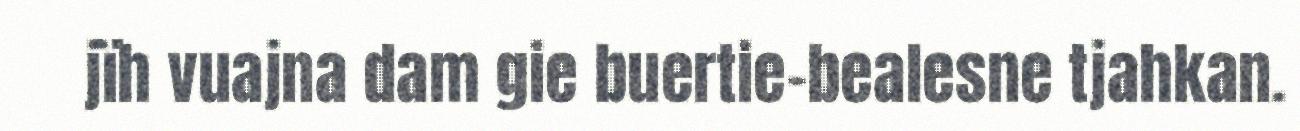
jïh vuajna dam gie buertie-bealesne tjahkan.